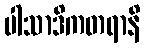
ပါသာဒိကတရာနိ